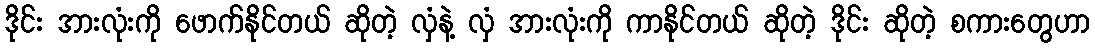
ဒိုင်း အားလုံးကို ဖောက်နိုင်တယ် ဆိုတဲ့ လှံနဲ့ လှံ အားလုံးကို ကာနိုင်တယ် ဆိုတဲ့ ဒိုင်း ဆိုတဲ့ စကားတွေဟာ